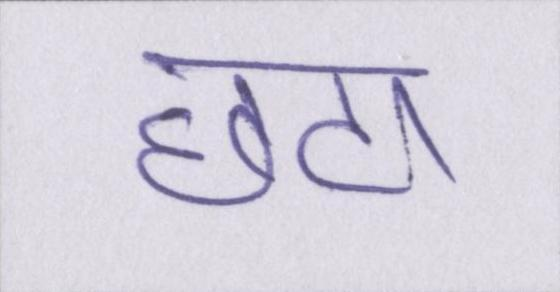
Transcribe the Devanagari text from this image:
छटा